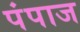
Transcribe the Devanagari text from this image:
पंपाज